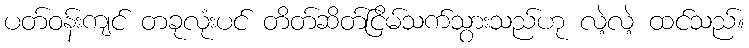
ပတ်ဝန်းကျင် တခုလုံးပင် တိတ်ဆိတ်ငြိမ်သက်သွားသည်ဟု လဲ့လဲ့ ထင်သည်။